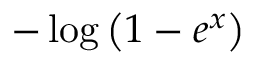
- \log \left( 1 - e ^ { x } \right)